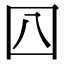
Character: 𡆦